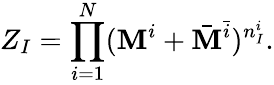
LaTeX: Z_{I}=\prod_{i=1}^{N}(\mathbf{M}^{i}+\bar{{\mathbf{M}}}^{\bar{{i}}})^{n_{I}^{i}}.